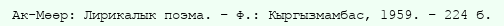
Ак-Мөөр: Лирикалык поэма. – Ф.: Кыргызмамбас, 1959. – 224 б.